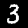
Label: 3